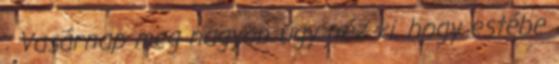
: Vasárnap meg nagyon úgy néz ki, hogy estébe